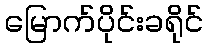
မြောက်ပိုင်းခရိုင်